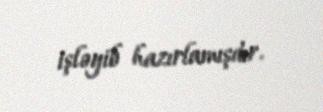
işləyib hazırlamışdır.